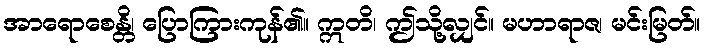
အာရောစေန္တိ၊ ပြောကြားကုန်၏။ ဣတိ၊ ဤသို့လျှင်။ မဟာရာဇ၊ မင်းမြတ်။